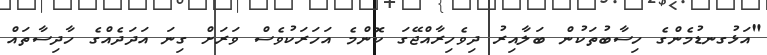
"އަޅުގނޑުމެންގެ ހިސާބުތަކުން ބަލާއިރު ދިވެހިރާއްޖޭގަ ކޮންމެ އަހަރަކުވެސް ވަރަށް ގިނަ އަދަދެއްގެ ހާދިސާތައް